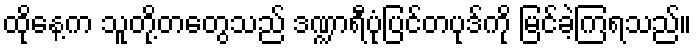
ထိုနေ့က သူတို့တတွေသည် ဒဏ္ဍာရီပုံပြင်တပုဒ်ကို မြင်ခဲ့ကြရသည်။